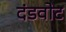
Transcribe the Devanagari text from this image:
दंडवोट